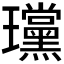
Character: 𪼲